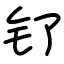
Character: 钌